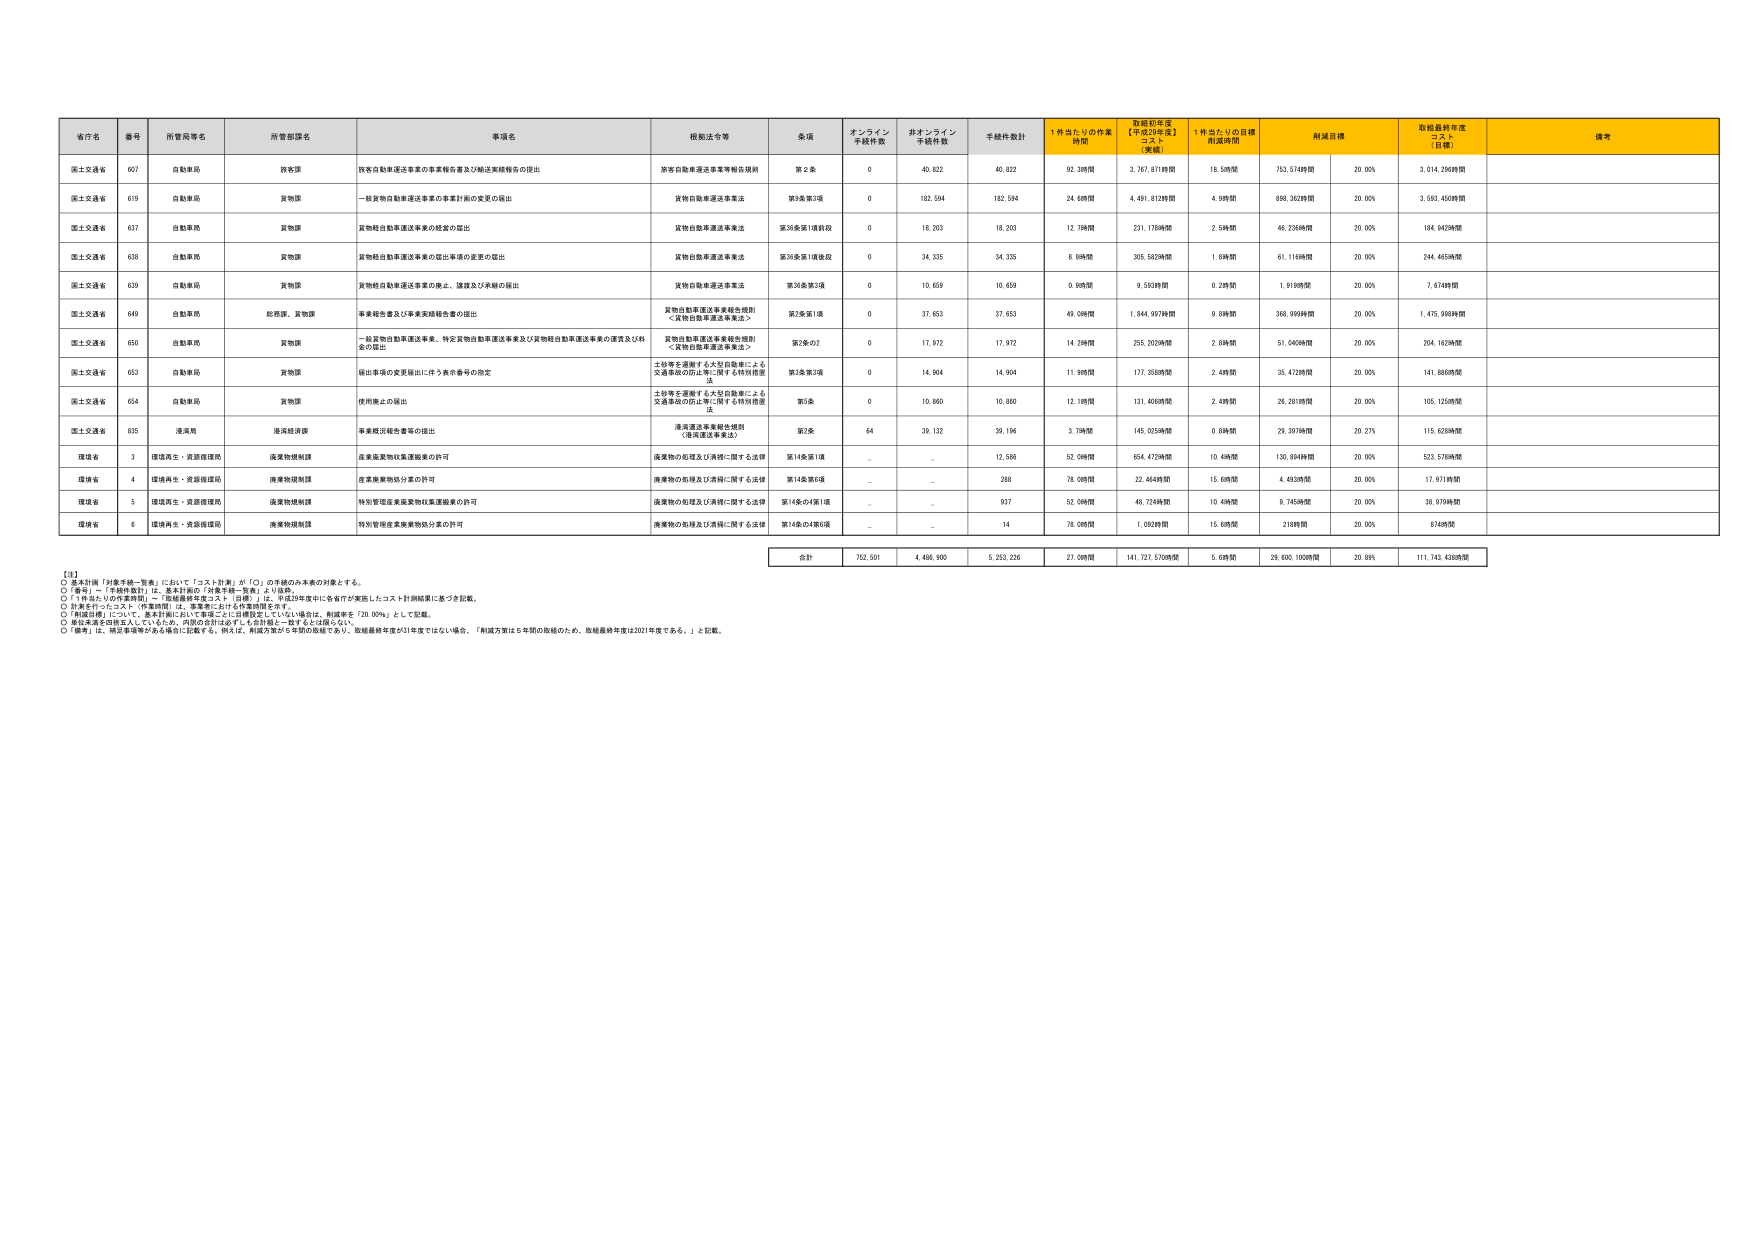
省庁名 番号 所管局等名 所管部課名 事項名 根拠法令等 条項 オンライン 手続件数 非オンライン 手続件数 手続件数計 1件当たりの作業 時間 取組初年度 【平成29年度】 コスト （実績） 1件当たりの目標 作成時間 削減目標 取組最終年度 コスト （目標） 備考
国土交通省 607 自動車局 政令課 旅客自動車運送事業の事業者名書及び輸送実績報告の提出 旅客自動車運送事業等報告規則 第２条 0 40,822 40,822 92.38時間 3,767,871時間 18.58時間 753,574時間 20.00% 3,014,296時間
国土交通省 619 自動車局 貨物課 一般貨物自動車運送事業の事業計画の変更の届出 貨物自動車運送事業法 第3条第3項 0 182,594 182,594 24.68時間 4,491,812時間 4.98時間 898,362時間 20.00% 3,593,450時間
国土交通省 637 自動車局 貨物課 貨物軽自動車運送事業の経営の届出 貨物自動車運送事業法 第36条第1項前段 0 18,203 18,203 12.78時間 231,176時間 2.58時間 46,236時間 20.00% 184,942時間
国土交通省 638 自動車局 貨物課 貨物軽自動車運送事業の届出事項の変更の届出 貨物自動車運送事業法 第36条第1項後段 0 34,335 34,335 8.99時間 305,582時間 1.89時間 61,116時間 20.00% 244,465時間
国土交通省 639 自動車局 貨物課 貨物軽自動車運送事業の廃止、譲渡及び承継の届出 貨物自動車運送事業法 第36条第3項 0 10,659 10,659 0.99時間 9,593時間 0.28時間 1,919時間 20.00% 7,674時間
国土交通省 649 自動車局 総務課、貨物課 事業報告書及び事業実績報告書の提出 貨物自動車運送事業報告規則 ＜貨物自動車運送事業法＞ 第3条第1項 0 37,653 37,653 49.09時間 1,844,997時間 9.88時間 368,999時間 20.00% 1,475,998時間
国土交通省 650 自動車局 貨物課 一般貨物自動車運送事業、特定貨物自動車運送事業及び貨物軽自動車運送事業の運賃及び料 金の届出 貨物自動車運送事業報告規則 ＜貨物自動車運送事業法＞ 第2条の2 0 17,972 17,972 14.29時間 255,202時間 2.89時間 51,040時間 20.00% 204,162時間
国土交通省 653 自動車局 貨物課 届出事項の変更届出に伴う表示番号の指定 土砂等を運搬する大型自動車による 交通事故の防止等に関する特別措置 法 第3条第3項 0 14,904 14,904 11.88時間 177,358時間 2.48時間 35,472時間 20.00% 141,886時間
国土交通省 654 自動車局 貨物課 使用廃止の届出 土砂等を運搬する大型自動車による 交通事故の防止等に関する特別措置 法 第5条 0 10,860 10,860 12.18時間 131,406時間 2.48時間 26,281時間 20.00% 105,125時間
国土交通省 635 港湾局 港湾経済課 事業概況報告書等の提出 港湾運送事業報告規則 （港湾運送事業法） 第2条 64 39,132 39,196 3.79時間 145,025時間 0.89時間 29,397時間 20.27% 115,628時間
環境省 3 環境再生・資源循環局 廃棄物規制課 産業廃棄物収集運搬業の許可 廃棄物の処理及び清掃に関する法律 第14条第1項 _ _ 12,586 52.08時間 654,472時間 10.48時間 130,894時間 20.00% 523,578時間
環境省 4 環境再生・資源循環局 廃棄物規制課 産業廃棄物処分業の許可 廃棄物の処理及び清掃に関する法律 第14条第5項 _ _ 288 78.08時間 22,464時間 15.68時間 4,493時間 20.00% 17,971時間
環境省 5 環境再生・資源循環局 廃棄物規制課 特別管理産業廃棄物収集運搬業の許可 廃棄物の処理及び清掃に関する法律 第14条の4第1項 _ _ 937 52.08時間 48,724時間 10.48時間 9,745時間 20.00% 38,979時間
環境省 6 環境再生・資源循環局 廃棄物規制課 特別管理産業廃棄物処分業の許可 廃棄物の処理及び清掃に関する法律 第14条の4第6項 _ _ 14 78.08時間 1,093時間 15.68時間 218時間 20.00% 874時間
合計 752,501 4,466,900 5,253,226 27.08時間 141,727,570時間 5.68時間 29,600,100時間 20.89% 111,743,438時間
【注】
○ 基本計画「対象手続一覧表」において「コスト計測」が「○」の手続のみ本表の対象とする。
○「番号」～「手続件数計」は、基本計画の「対象手続一覧表」より抜粋。
○「1件当たりの作業時間」～「取組最終年度コスト（目標）」は、平成29年度中に各省庁が実施したコスト計測結果に基づき記載。
○ 計測を行ったコスト（作業時間）は、事業者における作業時間を含む。
○「削減目標」について、基本計画において希望ごとに目標設定していない場合は、削減率を「20.00%」として記載。
○ 削減率達成目標は入っているため、内訳の合計は必ずしも合計値と一致するとは限らない。
○「備考」は、測定を実施する各場合に記載する。例えば、削減方策が6年間の取組であり、取組最終年度が31年度ではない場合、「削減方策は5年間の取組のため、取組最終年度は2031年度である。」と記載。